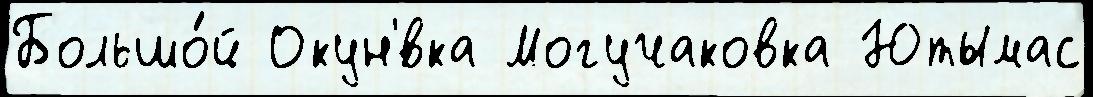
Большо́й Окун'́вка Могучаковка Ютымас